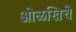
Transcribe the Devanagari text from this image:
ओळखिचे